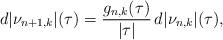
LaTeX: \begin{align*}d|\nu_{n+1,k}|(\tau)=\frac{g_{n,k}(\tau)}{|\tau|}\,d|\nu_{n,k}|(\tau),\end{align*}